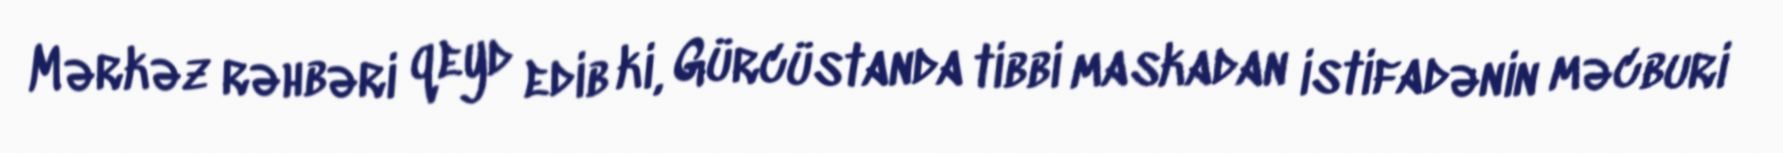
Mərkəz rəhbəri qeyd edib ki, Gürcüstanda tibbi maskadan istifadənin məcburi